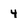
Character: 4